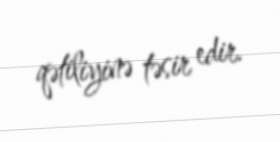
qətiliyinə təsir edir.